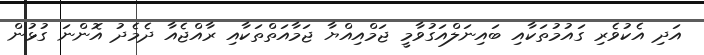
އަދި އެކުވެރި ގައުމުތަކާއި ބައިނަލްއަގުވާމީ ޖަމްއިއްޔާ ޖަމާއަތްތަކާއި ރާއްޖެއާ ދެމެދު އޮންނަ ގުޅުން